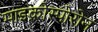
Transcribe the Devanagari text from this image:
माइक्रोस्पोरोन